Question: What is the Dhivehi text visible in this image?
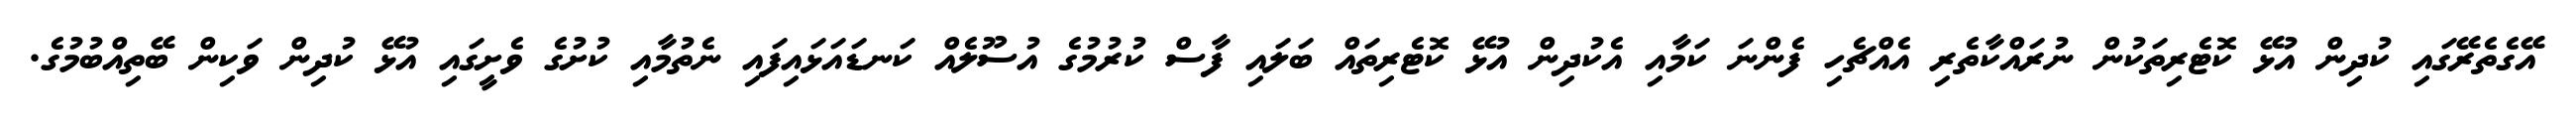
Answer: އޭގެތެރޭގައި ކުދިން އުޅޭ ކޮޓެރިތަކުން ނުރައްކާތެރި އެއްޗެހި ފެންނަ ކަމާއި އެކުދިން އުޅޭ ކޮޓެރިތައް ބަލައި ފާސް ކުރުމުގެ އުސޫލެއް ކަނޑައަޅައިފައި ނެތުމާއި ކުށުގެ ވެށީގައި އުޅޭ ކުދިން ވަކިން ބޭތިއްބުމުގެ.